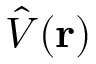
\hat { V } ( \mathbf { r } )